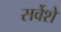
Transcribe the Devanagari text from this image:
सर्वेशे